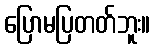
ပြောမပြတတ်ဘူး။